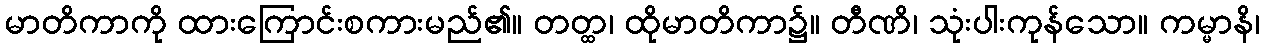
မာတိကာကို ထားကြောင်းစကားမည်၏။ တတ္ထ၊ ထိုမာတိကာ၌။ တီဏိ၊ သုံးပါးကုန်သော။ ကမ္မာနိ၊